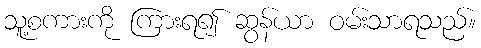
သူ့စကားကို ကြားရ၍ ဆွန်ယာ ဝမ်းသာရသည်။